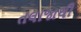
તલાજાથી